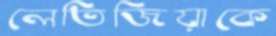
লেতিজিয়াকে